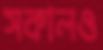
সকালও